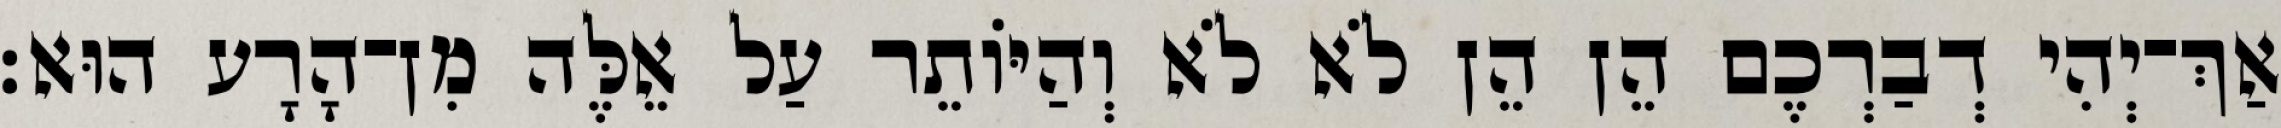
אַךְ־יְהִי דְבַרְכֶם הֵן הֵן לֹא לֹא וְהַיּוֹתֵר עַל אֵלֶּה מִן־הָרָע הוּא׃